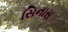
સિનાસ